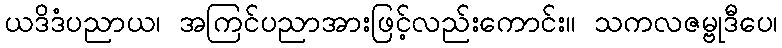
ယဒိဒံပညာယ၊ အကြင်ပညာအားဖြင့်လည်းကောင်း။ သကလဇမ္ဗုဒီပေ၊